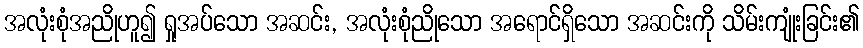
အလုံးစုံအညိုဟူ၍ ရှုအပ်သော အဆင်း, အလုံးစုံညိုသော အရောင်ရှိသော အဆင်းကို သိမ်းကျုံးခြင်း၏